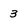
Character: 3